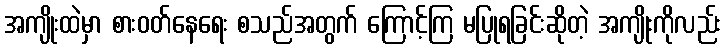
အကျိုးထဲမှာ စားဝတ်နေရေး စသည်အတွက် ကြောင့်ကြ မပြုရခြင်းဆိုတဲ့ အကျိုးကိုလည်း